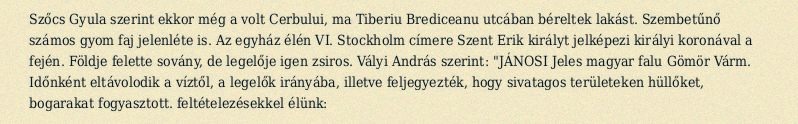
Szőcs Gyula szerint ekkor még a volt Cerbului, ma Tiberiu Brediceanu utcában béreltek lakást. Szembetűnő számos gyom faj jelenléte is. Az egyház élén VI. Stockholm címere Szent Erik királyt jelképezi királyi koronával a fején. Földje felette sovány, de legelője igen zsiros. Vályi András szerint: "JÁNOSI Jeles magyar falu Gömör Várm. Időnként eltávolodik a víztől, a legelők irányába, illetve feljegyezték, hogy sivatagos területeken hüllőket, bogarakat fogyasztott. feltételezésekkel élünk: